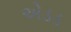
એડડ